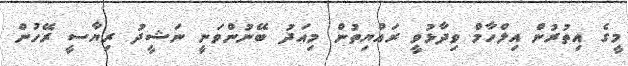
މީގެ އިތުރުން އިލްހާމް ވިދާޅުވީ ރައްޔިތުން މިއަދު ބޭނުންވަނީ ނަޝީދު ރިޔާސީ ރޭހުން